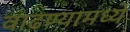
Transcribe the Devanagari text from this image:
वाढण्यामध्ये